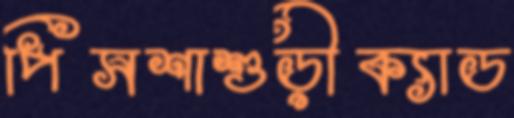
পিসশাশুড়ীক্যাড